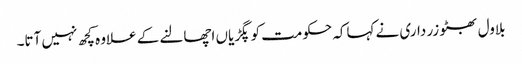
بلاول بھٹو زر داری نے کہاکہ حکومت کو پگڑیاں اچھالنے کے علاوہ کچھ نہیں آتا۔